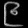
Digit: ၉